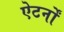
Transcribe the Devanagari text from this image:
ऐटर्नों